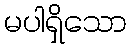
မပါရှိသော